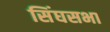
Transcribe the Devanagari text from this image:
सिंघसभा